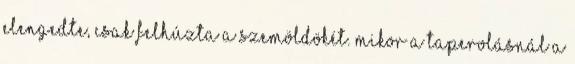
elengedte, csak felhúzta a szemöldökét. Mikor a taperolásnál a